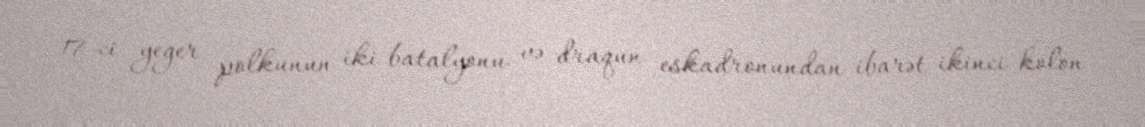
17-ci yeger polkunun iki batalyonu və draqun eskadronundan ibarət ikinci kolon